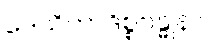
ဒေသိတာဒိစ္စဗန္ဓုနာ